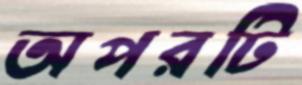
অপরটি